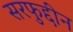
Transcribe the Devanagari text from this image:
सरफुद्दीन